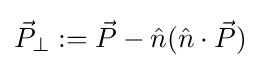
{\vec {P}}_{\perp }:={\vec {P}}-{\hat {n}}({\hat {n}}\cdot {\vec {P}})